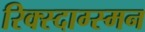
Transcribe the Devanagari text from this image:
रिक्स्दाग्स्मन